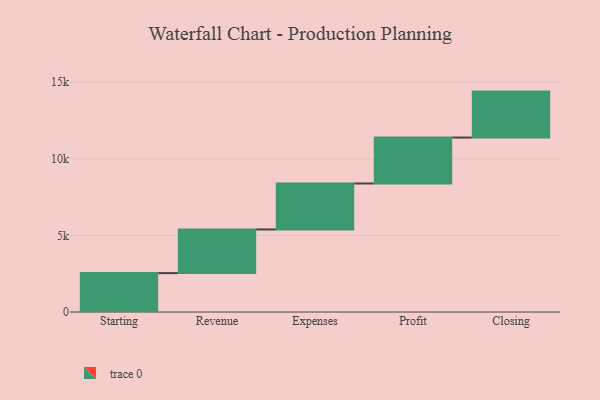
{"axis": {"x": "Step", "y": "Value"}, "legend": [""], "data": [{"x": "Starting", "y": 2538.0, "type": ""}, {"x": "Revenue", "y": 2851.0, "type": ""}, {"x": "Expenses", "y": 3000, "type": ""}, {"x": "Profit", "y": 3000, "type": ""}, {"x": "Closing", "y": 3000, "type": ""}]}